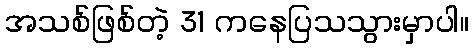
အသစ်ဖြစ်တဲ့ 31 ကနေပြသသွားမှာပါ။